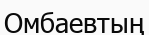
Омбаевтың